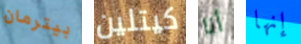
بيترمان كيتلين أنا إنها